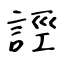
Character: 誙